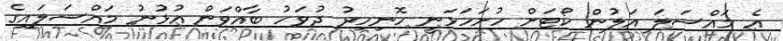
އެ މައްސަލަ އަލުން ކޯޓަށް ހުށަހަޅަނީ ހޮނިހިރު ދުވަހު ބާއްވަން އުޅުނު މައްސަލައިގެ